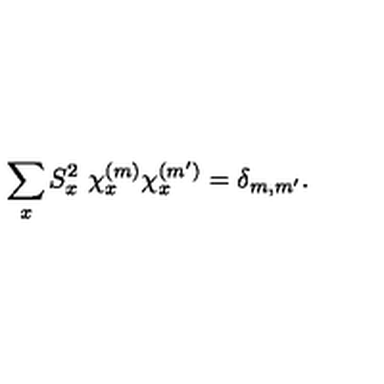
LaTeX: \sum _ { x } S _ { x } ^ { 2 } \ \chi _ { x } ^ { ( m ) } \chi _ { x } ^ { ( m ^ { \prime } ) } = \delta _ { m , m ^ { \prime } } .